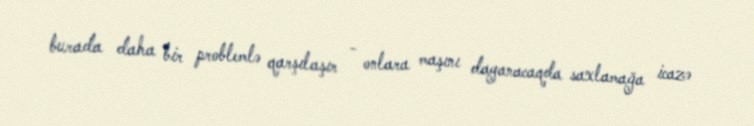
burada daha bir problemlə qarşılaşır - onlara maşını dayanacaqda saxlamağa icazə